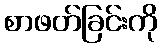
စာဖတ်ခြင်းကို